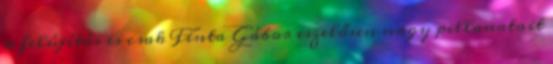
a felújítás is csak Finta Gábor eszelősen nagy pillanatait